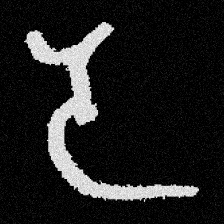
Pyu character \u2014 Myanmar letter: ဒ (romanized: da)